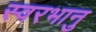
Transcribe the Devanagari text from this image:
स्वरभानु